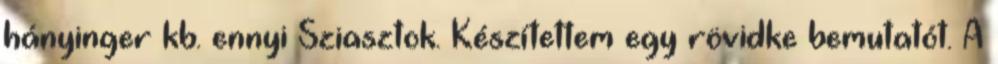
hányinger kb. ennyi Sziasztok. Készítettem egy rövidke bemutatót. A